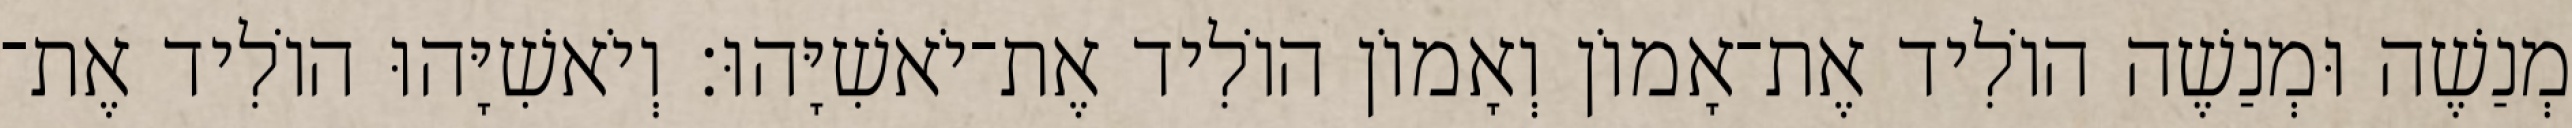
מְנַשֶׁה וּמְנַשֶׁה הוֹלִיד אֶת־אָמוֹן וְאָמוֹן הוֹלִיד אֶת־יֹאשִׁיָּהוּ׃ וְיֹאשִׁיָּהוּ הוֹלִיד אֶת־